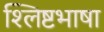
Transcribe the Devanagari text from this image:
श्लिष्टभाषा